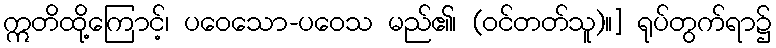
ဣတိထို့ကြောင့်၊ ပဝေသော-ပဝေသ မည်၏၊ (ဝင်တတ်သူ)။] ရုပ်တွက်ရာ၌